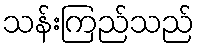
သန်းကြည်သည်